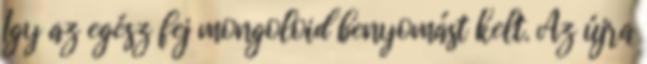
Így az egész fej mongoloid benyomást kelt. Az újra